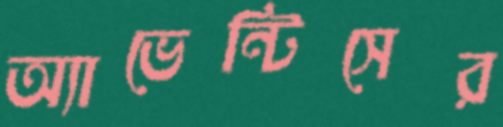
অ্যাভেন্টিসের